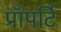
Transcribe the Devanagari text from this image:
प्रॉपर्टि